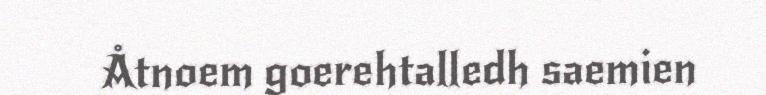
Åtnoem goerehtalledh saemien